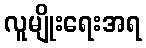
လူမျိုးရေးအရ